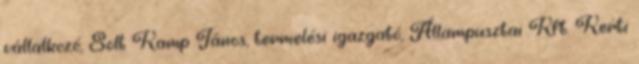
vállalkozó, Solt Kamp János, termelési igazgató, Állampusztai Kft. Kerti